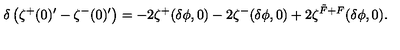
\delta \left( \zeta ^ { + } ( 0 ) ^ { \prime } - \zeta ^ { - } ( 0 ) ^ { \prime } \right) = - 2 \zeta ^ { + } ( \delta \phi , 0 ) - 2 \zeta ^ { - } ( \delta \phi , 0 ) + 2 \zeta ^ { \tilde { F } + F } ( \delta \phi , 0 ) .